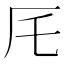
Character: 厇